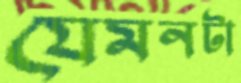
যেমনটা